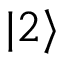
| 2 \rangle